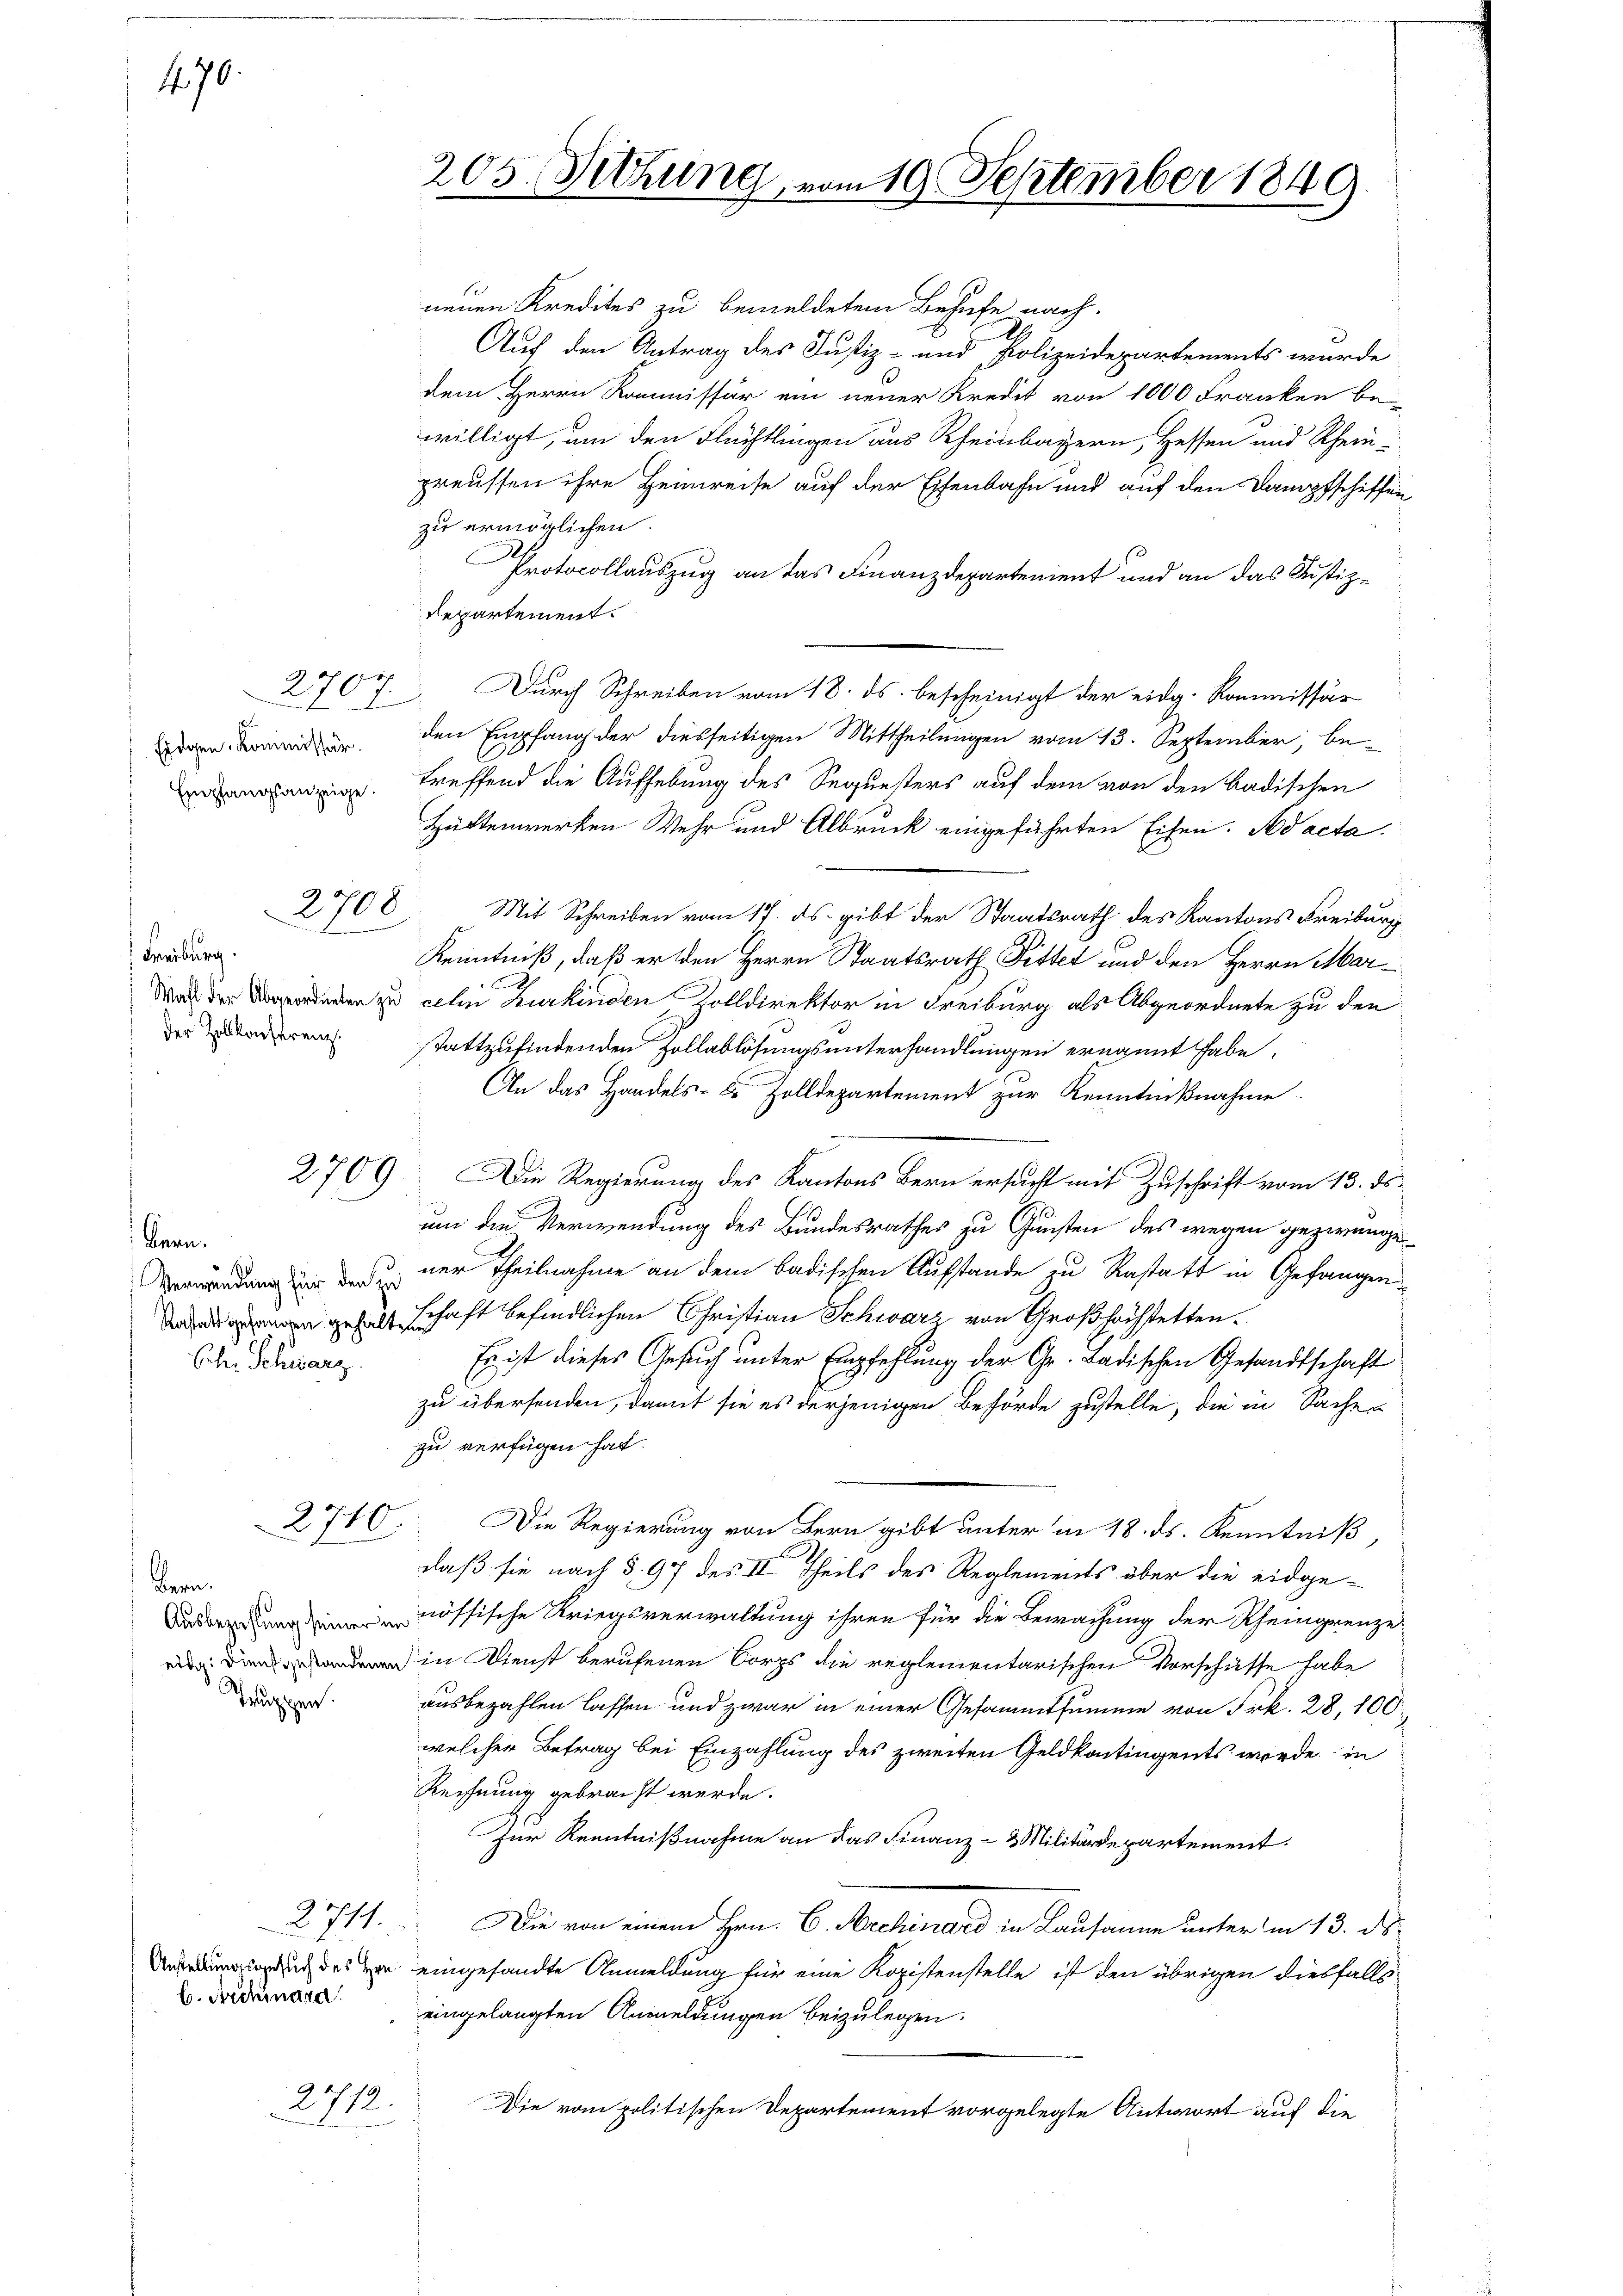
470.

2707.
Eidgen. Kommissär

2708

Freiburg.
der Zollkonferenz.

Bern.
Chr. Schwarz

2740

Bern.
Truppen.

b. Archiard

2712.

Auf den Antrag des Justiz- und Polizeidepartements wurde
dem Herrn Kommissär ein neuer Kredit von 1000 Franken bei
willigt, um den Flüchtlingen aus Rheinbayern, Hessen und Rhein-
preussen ihre Heimreise auf der Eisenbahn und auf den Dampfschiffen
zu ermöglichen.
Protocollauszug an das Finanzdepartement und an das Justiz¬
Repartement.
Durch Schreiben vom 18. ds. bescheinigt der eidg. Kommissär
den Empfang der diesseitigen Mittheilungen vom 13. September, beg treffend die Aufhebung des Sequesters auf dem von den badischen
Hüttenwerken Wehr und Albruck eingeführten Eisen. Ad acta.
Mit Schreiben vom 17. ds. gibt der Staatsrath des Kantons Freiburg,
Kenntniß, daß er den Herrn Staatsrath Fittet und den Herrn Mar¬
War der Abredenen zu celin Kurkinden Volldirektor in Freiburg als Abgeordnete zu den
stattzufindenden Zollablösungsunterhandlungen ernannt habe.
An das Handels- & Zolldepartement zur Kenntnißnahme.
2709. Die Regierung des Kantons Bern ersucht mit Zuschrift vom 13. ds.
um die Verwendung des Bundesrathes zu Gunsten des wegen gezwunge
werden in dener Theilnahme an dem badischen Aufstande zu Rastatt in Gefangenges schaft befindlichen Christian Schwarz von Großhöchstetten.
Es ist dieses Gesuch unter Empfehlung der Gr. Ladischen Gesandtschaft
zu übersenden, damit sie es derjenigen Behörde zustelle, die in Sachen
zu verfügen hat.
Die Regierung von Bern gibt unter in 18. ds. Kenntniß,
daß sie nach § 97 des II. Theils des Reglements über die eidge-
nössische Kriegsverwaltung ihren für die Bewachung der Rheingrenze
in Dienst berufenen Corps die reglementarischen Vorschaffe habe
ausbezahlen lassen und zwar in einer Gesammtsumme von Frk. 28, 100
welcher Betrag bei Einzahlung des zweiten Geldkontingents werde in
Rechnung gebracht werde.
Zur Kenntnißnahme an das Finanz- & Militärdepartement.
2711. Die von einem Hrn. C. Archinard in Lausanne unter in 13. ds.
duch des er eingesandte Anmeldung für eine Kopistenstelle ist den übrigen diesfalls
eingelangten Anmeldungen beizulegen.
Die vom politischen Departement vorgelegte Antwort auf die

neuen Kredites zu bemeldetem Behufe nach.

205. Sitzung, vom 19. September 1849